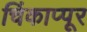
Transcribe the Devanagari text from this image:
चिंकाप्पूर